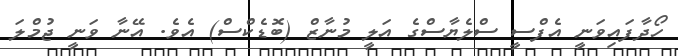
ހޯދާފައިވަނީ އެފްސީ ސްލެޔާސްގެ އަލީ މުނާޒް (ބޮޑެކްސް) އެވެ. އޭނާ ވަނީ ޖުމްލަ